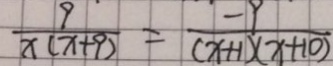
\frac { 9 } { x ( x + 9 ) } = \frac { - 9 } { ( x + 1 ) ( x + 1 0 ) }